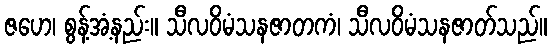
ဇဟေ၊ စွန့်အံ့နည်း။ သီလဝိမံသနဇာတကံ၊ သီလဝိမံသနဇာတ်သည်။